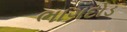
ભાગદોડ